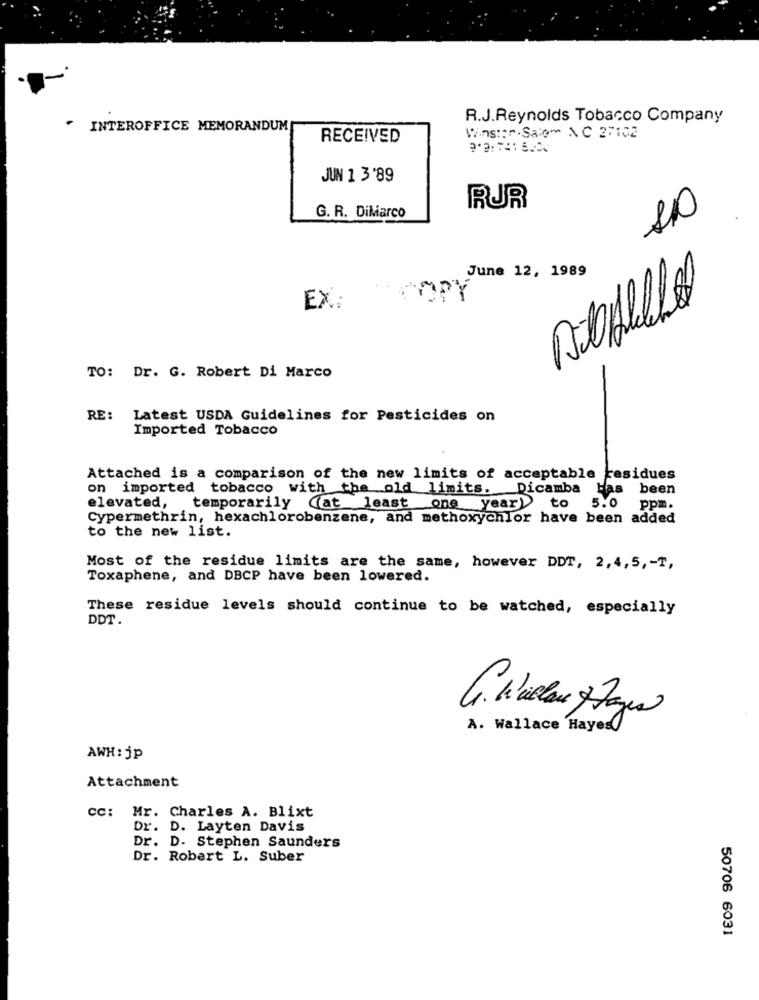
R.J.Reynolds Tobacco Company
INTEROFFICE MEMORANDUM
RECEIVED
Winstar.Sale- AC 27102
JUN 1 3'89
RUR
10
G. R. DiMarco
June 12, 1989
MPY
EX:
TO: Dr. G. Robert Di Marco
RE: Latest USDA Guidelines for Pesticides on
Imported Tobacco
Attached is a comparison of the new limits of acceptable residues
on imported tobacco with the old limits. Dicamba Has been
5.0
elevated, temporarily (at least one year) to
ppm.
Cypermethrin, hexachlorobenzene, and methoxychlor have been added
to the new list.
Most of the residue limits are the same, however DDT, 2,4,5, - T,
Toxaphene, and DBCP have been lowered.
These residue levels should continue to be watched, especially
DDT.
A. Wallace Hayes
AWH: jp
Attachment
cc: Mr. Charles A. Blixt
Dr. D. Layten Davis
Dr. D. Stephen Saunders
Dr. Robert L. Suber
50706 6031